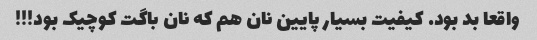
واقعا بد بود. کیفیت بسیار پایین نان هم که نان باگت کوچیک بود!!!